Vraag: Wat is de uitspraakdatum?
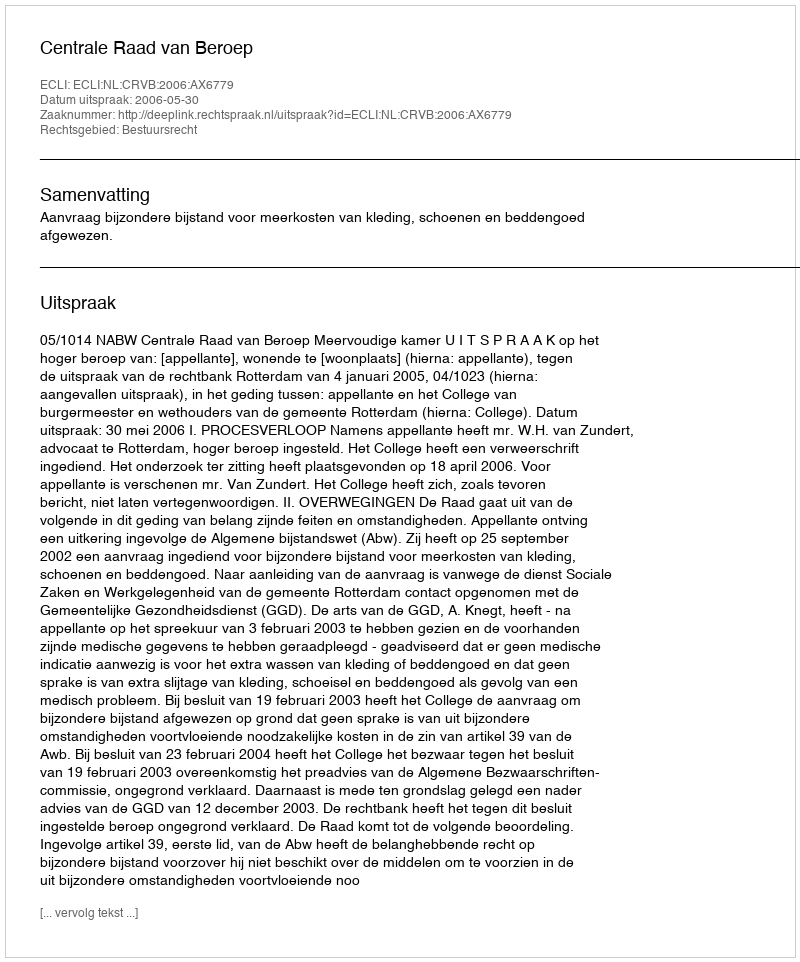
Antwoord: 2006-05-30